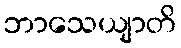
ဘာသေယျာတိ